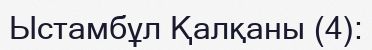
Ыстамбұл Қалқаны (4):